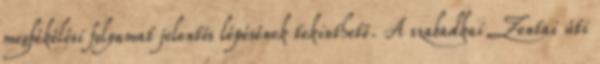
megbékélési folyamat jelentős lépésének tekinthető. A szabadkai Zentai úti